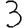
Digit: 3